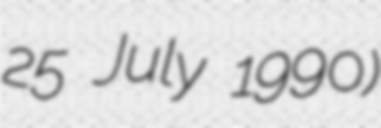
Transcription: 25 July 1990)